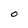
Character: O